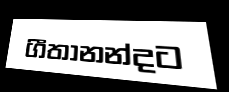
ගීතානන්දට